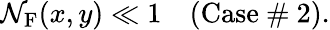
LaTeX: \mathcal{N}_{\textrm{{F}}}(x,y)\ll1\quad\textrm{{(Case~\# 2)}}.